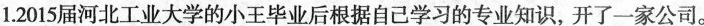
1.2015届河北工业大学的小王毕业后根据自己学习的专业知识，开了一家公司。